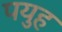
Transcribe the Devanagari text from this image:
पयुह